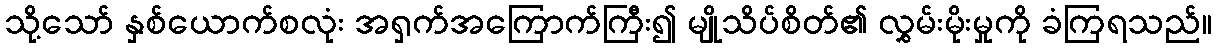
သို့သော် နှစ်ယောက်စလုံး အရှက်အကြောက်ကြီး၍ မျိုသိပ်စိတ်၏ လွှမ်းမိုးမှုကို ခံကြရသည်။